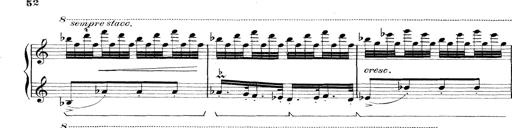
Title: Rapsodie: 19 ungheresi, 1 spagnuola
Composer: Franz Liszt